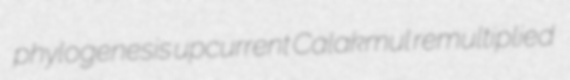
phylogenesis upcurrent Calakmul remultiplied